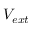
V _ { e x t }